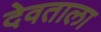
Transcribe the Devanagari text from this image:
देवताला